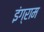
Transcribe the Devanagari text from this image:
इंग्राम